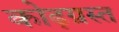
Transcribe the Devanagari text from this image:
कोढ़ग्रस्त